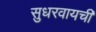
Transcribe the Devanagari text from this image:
सुधरवायची